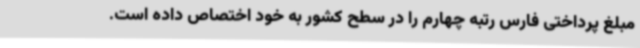
مبلغ پرداختی فارس رتبه چهارم را در سطح کشور به خود اختصاص داده است.